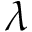
\lambda